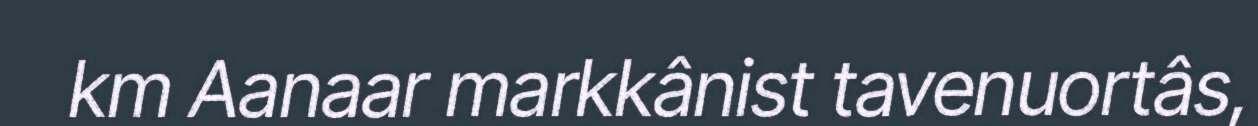
km Aanaar markkânist tavenuortâs,